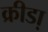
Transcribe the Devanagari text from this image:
क्रीडा़